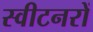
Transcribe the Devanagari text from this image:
स्वीटनरों